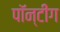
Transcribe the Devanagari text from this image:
पॉन्टींग